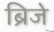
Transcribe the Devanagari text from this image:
ब्रिजे